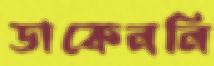
ডাকেননি